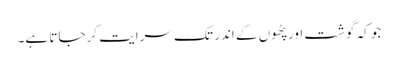
جو کہ گوشت اور پٹھوں کے اندر تک سرایت کرجاتا ہے۔